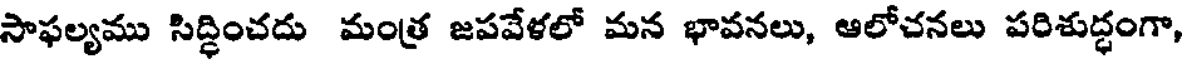
సాఫల్యము సిద్ధించదు మంత్ర జపవేళలో మన భావనలు, ఆలోచనలు పరిశుద్ధంగా,